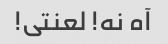
آه نه! لعنتی!